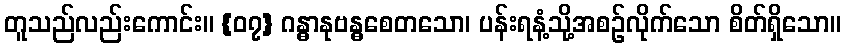
တူသည်လည်းကောင်း။ {၀၇} ဂန္ဓာနုဗန္ဓစေတသော၊ ပန်းရနံ့သို့အစဉ်လိုက်သော စိတ်ရှိသော။